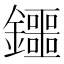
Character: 鑩